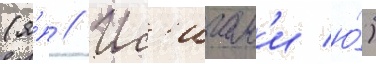
(я́п // Ис'игам'и ю́)